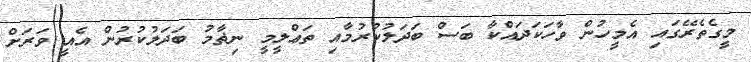
މީގެތެރޭގައި އެމީހުން ވާހަކަދައްކާ ބަސް ބަދަލުކުރުމާއި ތަޢްލީމީ ނިޡާމު ބަދަލުކުރުން އެއީ ވަރަށް